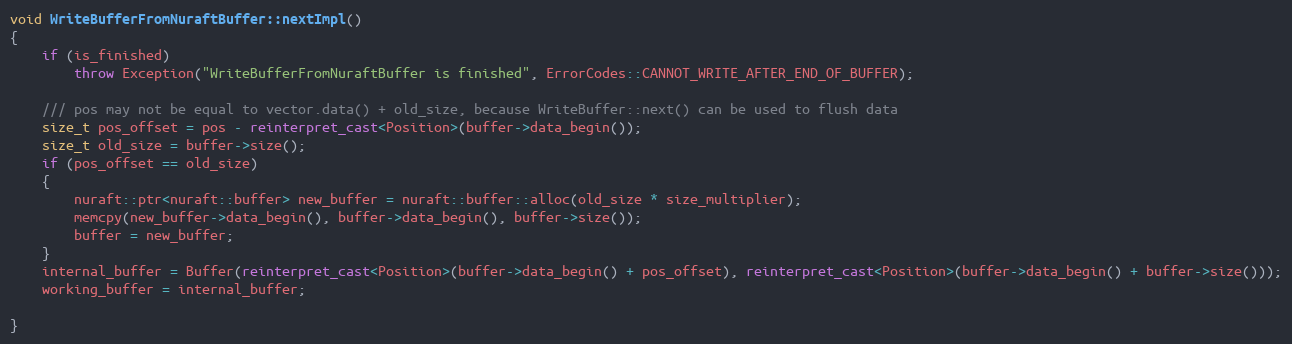
Language: C++
void WriteBufferFromNuraftBuffer::nextImpl()
{
    if (is_finished)
        throw Exception("WriteBufferFromNuraftBuffer is finished", ErrorCodes::CANNOT_WRITE_AFTER_END_OF_BUFFER);

    /// pos may not be equal to vector.data() + old_size, because WriteBuffer::next() can be used to flush data
    size_t pos_offset = pos - reinterpret_cast<Position>(buffer->data_begin());
    size_t old_size = buffer->size();
    if (pos_offset == old_size)
    {
        nuraft::ptr<nuraft::buffer> new_buffer = nuraft::buffer::alloc(old_size * size_multiplier);
        memcpy(new_buffer->data_begin(), buffer->data_begin(), buffer->size());
        buffer = new_buffer;
    }
    internal_buffer = Buffer(reinterpret_cast<Position>(buffer->data_begin() + pos_offset), reinterpret_cast<Position>(buffer->data_begin() + buffer->size()));
    working_buffer = internal_buffer;

}